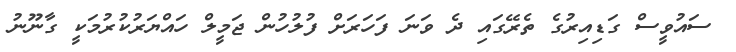
ސައުވީސް ގަޑިއިރުގެ ތެރޭގައި ދެ ވަނަ ފަހަރަށް ފުލުހުން ޖަމީލް ހައްޔަރުކުރުމަކީ ގާނޫނު